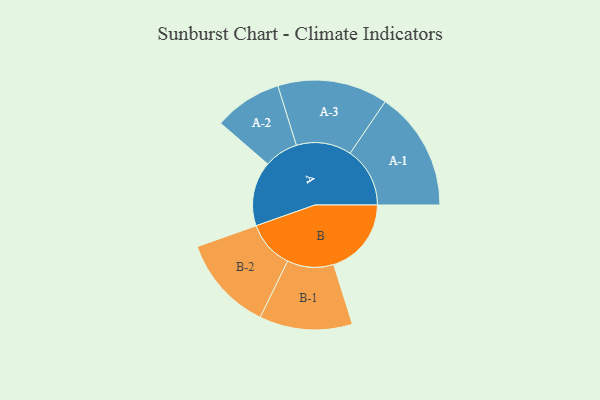
{"axis": {"x": "Segment", "y": "Value"}, "legend": ["", "A", "B"], "data": [{"x": "A", "y": 321, "type": ""}, {"x": "B", "y": 386, "type": ""}, {"x": "A-1", "y": 297, "type": "A"}, {"x": "A-2", "y": 169, "type": "A"}, {"x": "A-3", "y": 274, "type": "A"}, {"x": "B-1", "y": 231, "type": "B"}, {"x": "B-2", "y": 237, "type": "B"}]}